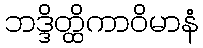
ဘဒ္ဒိတ္ထိကာဝိမာနံ